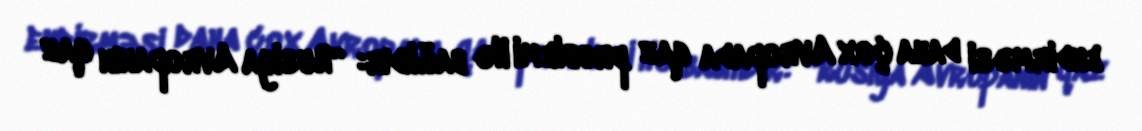
endirməsi daha çox Avropada qaz problemi ilə bağlıdır: “Rusiya Avropanın qaz